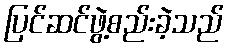
ပြင်ဆင်ဖွဲ့စည်းခဲ့သည်